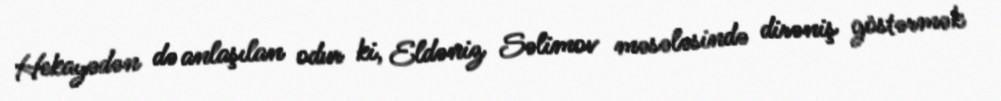
Hekayədən də anlaşılan odur ki, Eldəniz Səlimov məsələsində dirəniş göstərmək